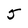
Character: 5